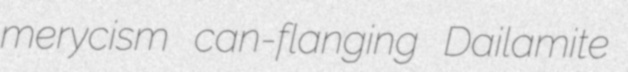
merycism can-flanging Dailamite